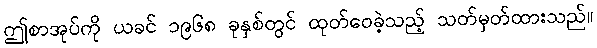
ဤစာအုပ်ကို ယခင် ၁၉၆၈ ခုနှစ်တွင် ထုတ်ဝေခဲ့သည့် သတ်မှတ်ထားသည်။